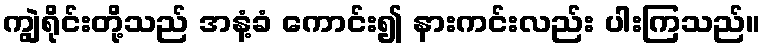
ကျွဲရိုင်းတို့သည် အနံ့ခံ ကောင်း၍ နားကင်းလည်း ပါးကြသည်။